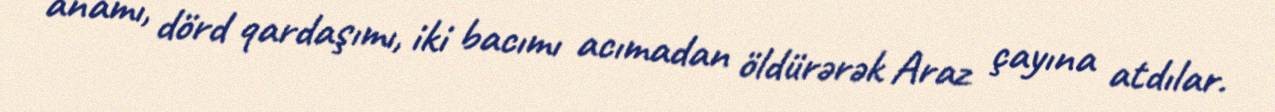
anamı, dörd qardaşımı, iki bacımı acımadan öldürərək Araz çayına atdılar.